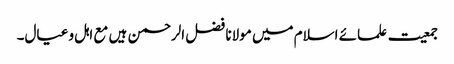
جمعیت علمائے اسلام میں مولانا فضل الرحمن ہیں مع اہل و عیال۔